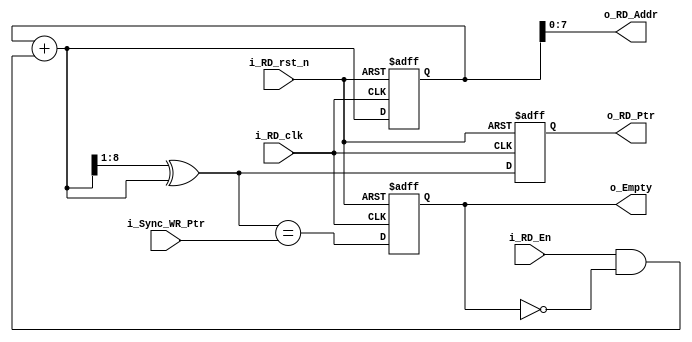
// Generate Empty flag and Read pointer in Grey Code
module RD_Ptr_Empty

	// Parameters
	#(parameter DEPTH = 8)
	
	(
	input i_RD_clk, i_RD_rst_n,
	input i_RD_En,
	input [DEPTH:0] i_Sync_WR_Ptr,
	output reg [DEPTH:0] o_RD_Ptr,
	output [DEPTH-1:0] o_RD_Addr,
	output reg o_Empty
	);

	reg [DEPTH:0] r_RD_Bin_Count;
	wire [DEPTH:0] w_RD_Bin_Next;
	wire [DEPTH:0] w_RD_Grey_Next;

	always @(posedge i_RD_clk or negedge i_RD_rst_n)
	begin
		if (!i_RD_rst_n)
		begin
			o_RD_Ptr <= 0;
			r_RD_Bin_Count <= 0;
		end
		else
		begin
			o_RD_Ptr <= w_RD_Grey_Next;
			r_RD_Bin_Count <= w_RD_Bin_Next;
		end
	end

	assign o_RD_Addr = r_RD_Bin_Count[DEPTH-1:0];
	assign w_RD_Bin_Next = r_RD_Bin_Count + (i_RD_En & ~o_Empty);
	assign w_RD_Grey_Next = (w_RD_Bin_Next>>1) ^ w_RD_Bin_Next;			// Grey Code from Bin Code

// FIFO empty when the next Read pointer equal synchronized Write pointer or on reset

 	always @(posedge i_RD_clk or negedge i_RD_rst_n)
	begin
		if (!i_RD_rst_n)
			o_Empty <= 1'b1;
		else
			o_Empty <= (w_RD_Grey_Next == i_Sync_WR_Ptr);
	end	

endmodule